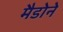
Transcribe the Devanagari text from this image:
मैडोने